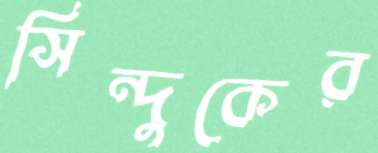
সিন্দুকের